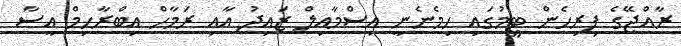
ރާއްޖޭގެ ފިރިހެން ޓީމުގައި ހިމެނެނީ އިސްމާއިލް ޒައިދު އާއި ރަމާހް އިބްރާހިމް އީސާ